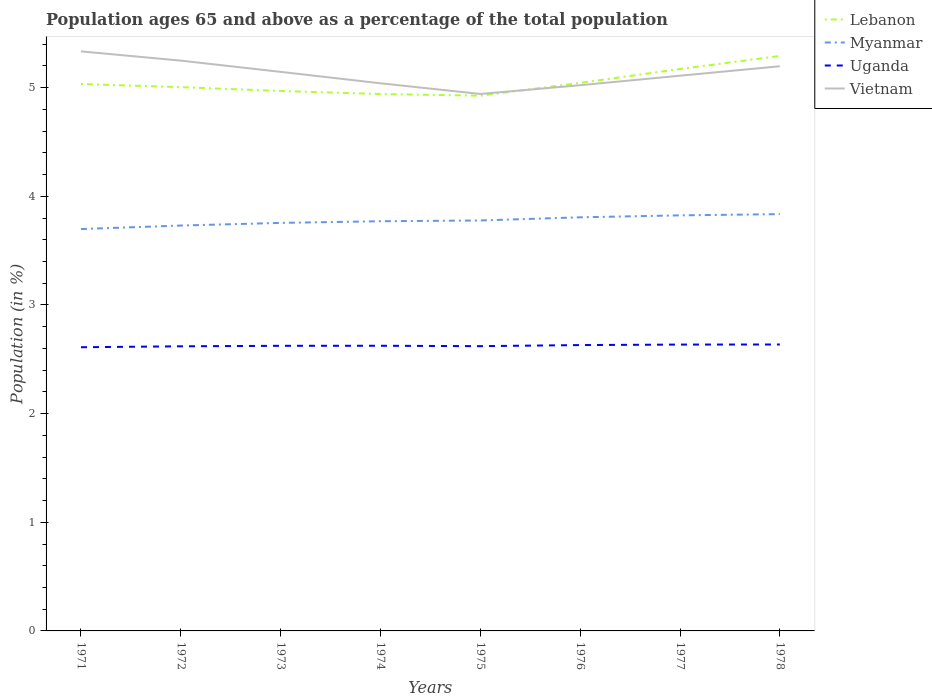
| Years | Lebanon | Myanmar | Uganda | Vietnam |
 | --- | --- | --- | --- | --- |
 | 1971 | 5.03 | 3.7 | 2.61 | 5.33 |
 | 1972 | 5 | 3.73 | 2.62 | 5.25 |
 | 1973 | 4.97 | 3.76 | 2.62 | 5.15 |
 | 1974 | 4.94 | 3.77 | 2.62 | 5.04 |
 | 1975 | 4.93 | 3.78 | 2.62 | 4.94 |
 | 1976 | 5.04 | 3.81 | 2.63 | 5.02 |
 | 1977 | 5.17 | 3.82 | 2.64 | 5.11 |
 | 1978 | 5.29 | 3.84 | 2.64 | 5.2 |